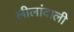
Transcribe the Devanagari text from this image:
लीलांवाली